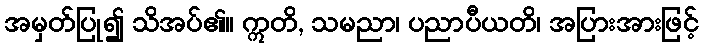
အမှတ်ပြု၍ သိအပ်၏။ ဣတိ, သမညာ၊ ပညာပီယတိ၊ အပြားအားဖြင့်